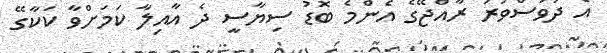
އެ ދުވަސްވަރު ރާއްޖޭގެ އެންމެ ބޮޑު ސިޔާސީ ދެ އާއިލާ ކަމަށްވާ ކަކާގޭ